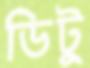
ডিটু